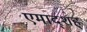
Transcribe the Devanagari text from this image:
एमाद्शह्